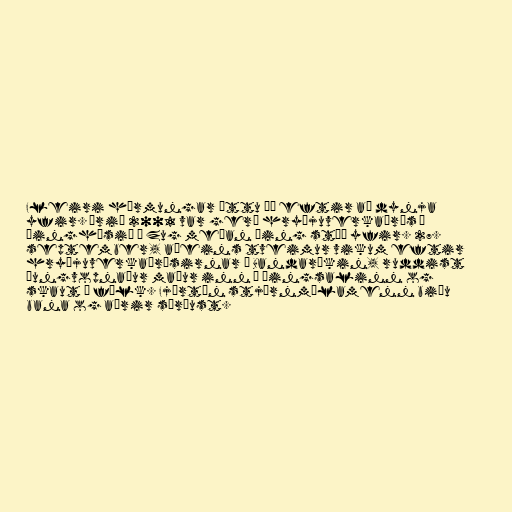
Fleiri hörmungar áttu þó eftir að dynja
yfir. Árið 2001 var gerð hryðjuverkaárás á
þinghúsið í Zug meðan þing stóð yfir. 27.
september, aðeins tveimur vikum eftir
hryðjuverkaárásirnar á Bandaríkin, ruddist
þungvopnaður maður inn í þingsalinn og
skaut á fólk. Fjórtán stjórnmálamenn biðu
bana og aðrir særðust.